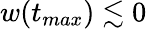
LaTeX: w(t_{max})\lesssim 0